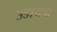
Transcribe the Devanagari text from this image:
उडायचा